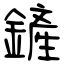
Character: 鏟